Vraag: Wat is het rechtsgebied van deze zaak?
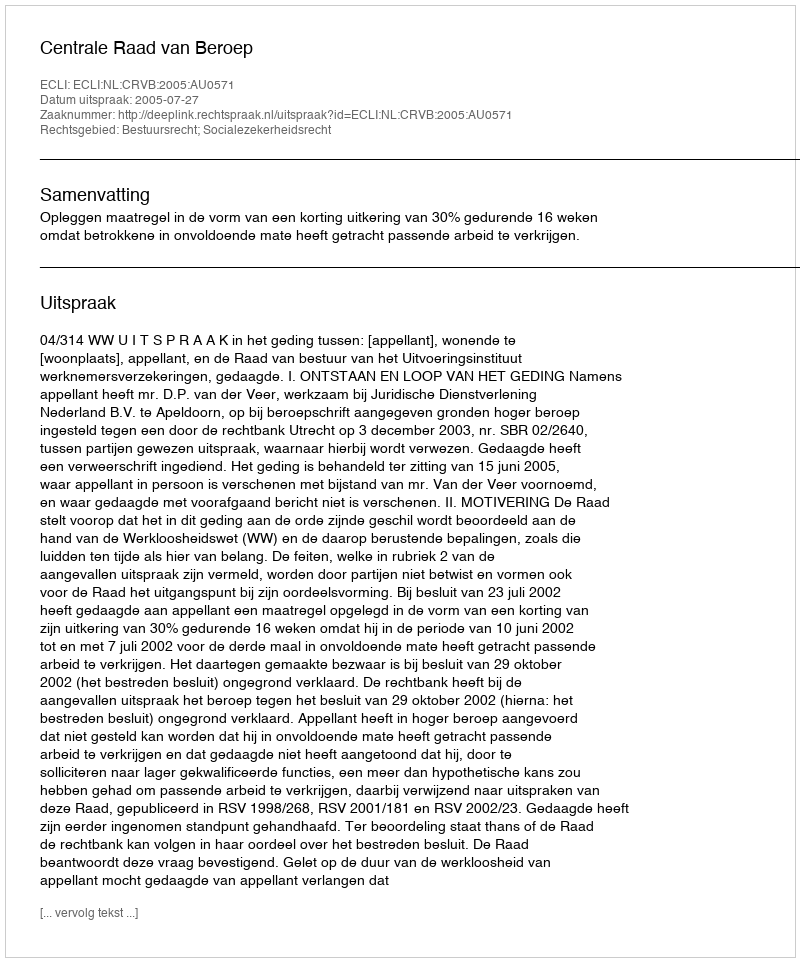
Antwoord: Bestuursrecht; Socialezekerheidsrecht